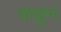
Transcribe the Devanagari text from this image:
चाकूनं